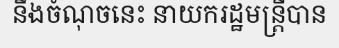
នឹងចំណុចនេះ នាយករដ្ឋមន្ត្រីបាន